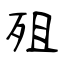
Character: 殂